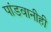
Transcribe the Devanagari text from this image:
पांडवानीही